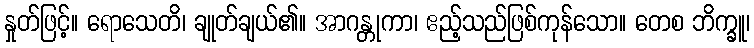
နှုတ်ဖြင့်။ ရောသေတိ၊ ချုတ်ချယ်၏။ အာဂန္တုကာ၊ ဧည့်သည်ဖြစ်ကုန်သော။ တေစ ဘိက္ခူ၊